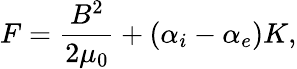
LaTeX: F=\frac{B^{2}}{2\mu_{0}}+(\alpha_{i}-\alpha_{e})K,